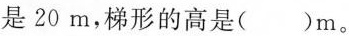
是20m，梯形的高是( )m。